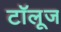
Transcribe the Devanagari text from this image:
टॉलूज